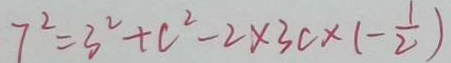
7 ^ { 2 } = 3 ^ { 2 } + c ^ { 2 } - 2 \times 3 c \times ( - \frac { 1 } { 2 } )